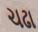
ચઢા